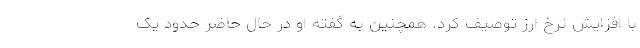
با افزایش نرخ ارز توصیف کرد. همچنین به گفته او در حال حاضر حدود یک